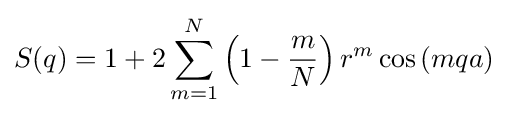
S(q)=1+2\sum _{m=1}^{N}\left(1-{\frac {m}{N}}\right)r^{m}\cos \left(mqa\right)